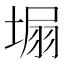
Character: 𡍾